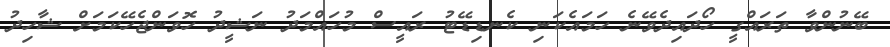
ބޭނުންވާ ތަރައްގީ ހޯދައިދެވޭނެ ހަމައެކަނި ކެނޑިޑޭޓު ރައީސް މުހައްމަދު ނަޝީދު ހޮވަންޖެހޭކަމަށް ޝާހިދު